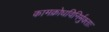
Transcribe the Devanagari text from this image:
कामक्रोधविनिर्मुक्ताः